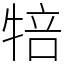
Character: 犃